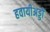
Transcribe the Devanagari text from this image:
हवायीअड्डों